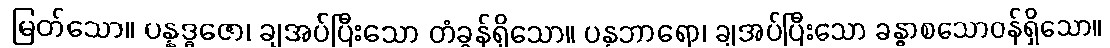
မြတ်သော။ ပန္နဒ္ဓဇော၊ ချအပ်ပြီးသော တံခွန်ရှိသော။ ပန္နဘာရော၊ ချအပ်ပြီးသော ခန္ဓာစသောဝန်ရှိသော။